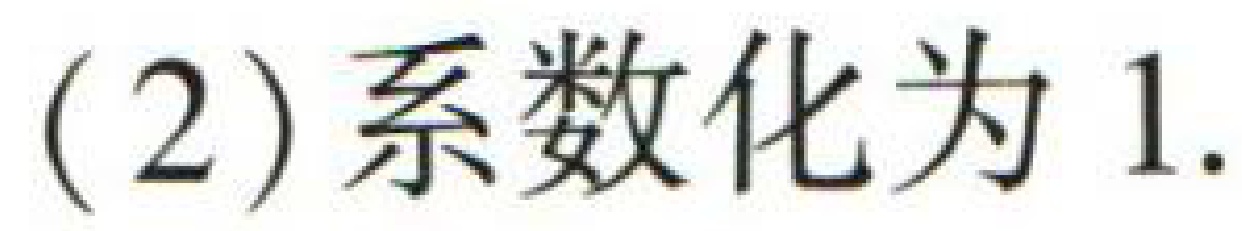
(2) 系数化为 1.